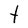
Character: t